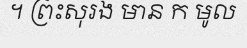
។ ព្រះសុរង មាន ក មូល